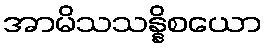
အာမိသသန္နိစယော